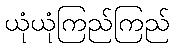
ယုံယုံကြည်ကြည်